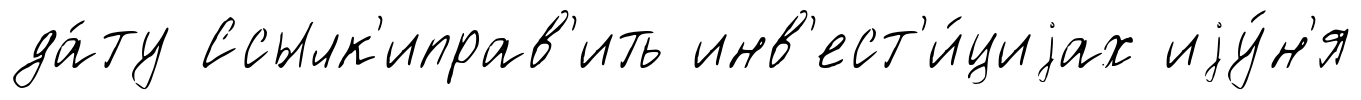
да́ту Ссылк'иправ'ить инв'ест'и́циjах иjу́н'я